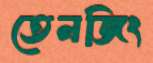
তেনজিং